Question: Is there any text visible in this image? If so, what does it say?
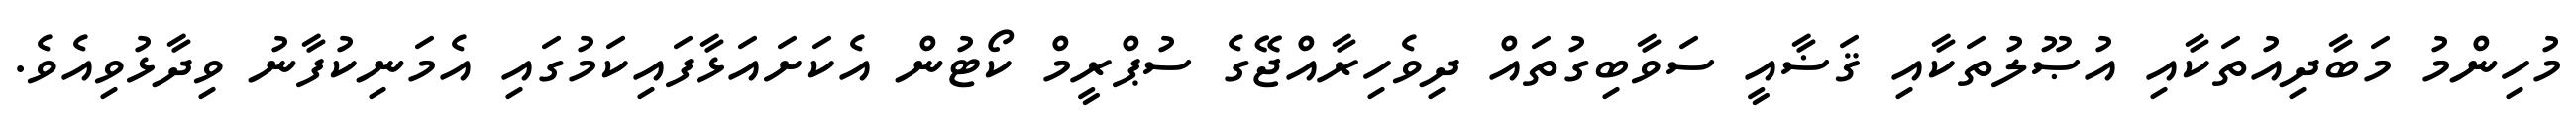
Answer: މުހިންމު މަބާދިއުތަކާއި އުޞޫލުތަކާއި ޤަޟާއީ ސަވާބިގުތައް ދިވެހިރާއްޖޭގެ ސުޕްރީމް ކޯޓުން އެކަށައަޅާފައިކަމުގައި އެމަނިކުފާނު ވިދާޅުވިއެވެ.